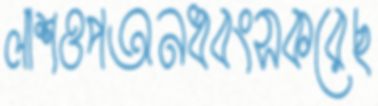
লাশওপঅনধ্বংসকরেছ